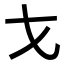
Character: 𭠍